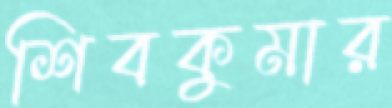
শিবকুমার